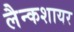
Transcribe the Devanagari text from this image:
लैन्कशायर